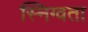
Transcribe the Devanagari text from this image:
स्निग्वता